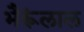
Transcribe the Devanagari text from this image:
भैरूंलाल